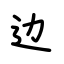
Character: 边